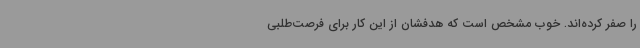
را صفر کرده‌اند. خوب مشخص است که هدفشان از این کار برای فرصت‌طلبی